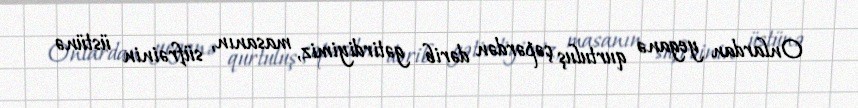
Onlardan yeganə qurtuluş çəpərdən dərib gətirdiyimiz, masanın, süfrəinin üstünə